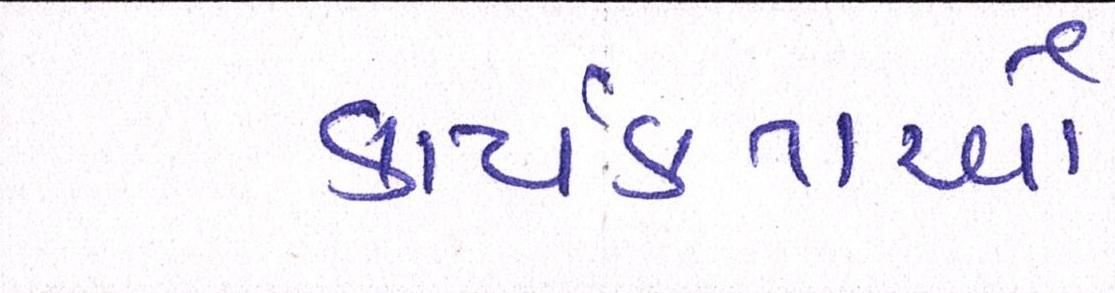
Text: કાર્યકતાર્આે